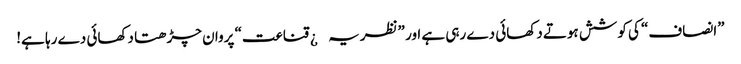
”انصاف“ کی کوشش ہوتے دکھائی دے رہی ہے اور ”نظریہ¿ قناعت“ پروان چڑھتا دکھائی دے رہا ہے!